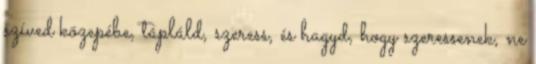
szíved közepébe, tápláld, szeress, és hagyd, hogy szeressenek, ne